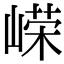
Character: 嵘